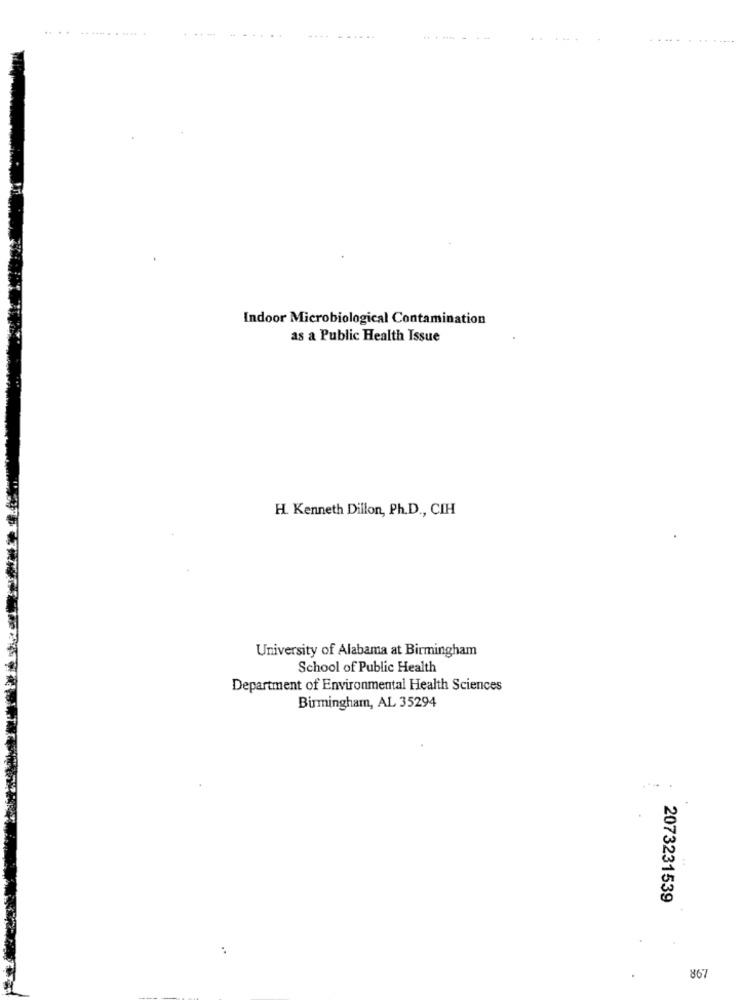
.......... ...... .
------
......
. .
.........
Indoor Microbiological Contamination
as a Public Health Issue
H. Kenneth Dillon, Ph.D ., CIH
University of Alabama at Birmingham
School of Public Health
Department of Environmental Health Sciences
Birmingham, AL 35294
2073231539
867